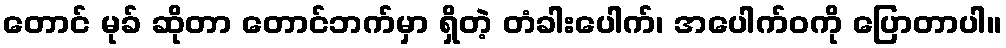
တောင် မုခ် ဆိုတာ တောင်ဘက်မှာ ရှိတဲ့ တံခါးပေါက်၊ အပေါက်ဝကို ပြောတာပါ။